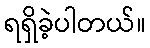
ရရှိခဲ့ပါတယ်။